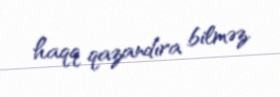
haqq qazandıra bilməz.